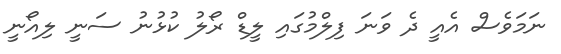
ނަމަވެސް އެއީ ދެ ވަނަ ފިލްމުގައި ލީޑް ރޯލު ކުޅުނު ސަނީ ލިއޯނީ